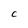
Character: c